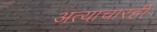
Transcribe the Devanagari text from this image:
अत्याचारही